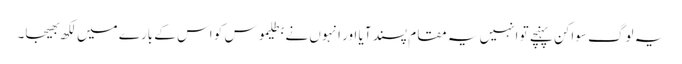
یہ لوگ سواکن پہنچے تو انہیں یہ مقام پسند آیا اور انہوں نے بطلیموس کو اس کے بارے میں لکھ بھیجا۔